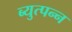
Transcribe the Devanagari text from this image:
ब्युत्पन्न